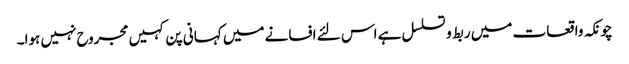
چونکہ واقعات میں ربط و تسلسل ہے اس لئے افسانے میں کہانی پن کہیں مجروح نہیں ہوا۔